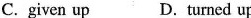
C. given up D. turned up